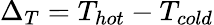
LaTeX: \Delta_{T}=T_{hot}-T_{cold}